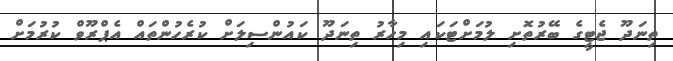
ތިނަދޫ ޖެޓީގެ ބޭރުތޮށި ލުމަށްޓަކައި މިހާރު ތިނަދޫ ކައުންސިލަށް ކުރެހުންތައް އެޕްރޫވް ކުރުމަށް